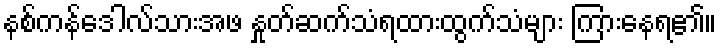
နစ်ကန်ဒေါလ်သားအဖ နှုတ်ဆက်သံရထားထွက်သံများ ကြားနေရ၏။